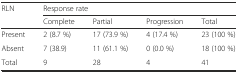
<table><thead><tr><td rowspan="2"><b>RLN</b></td><td colspan="4"><b>Response rate</b></td></tr><tr><td><b>Complete</b></td><td><b>Partial</b></td><td><b>Progression</b></td><td><b>Total</b></td></tr></thead><tbody><tr><td>Present</td><td>2 (8.7 %)</td><td>17 (73.9 %)</td><td>4 (17.4 %)</td><td>23 (100 %)</td></tr><tr><td>Absent</td><td>7 (38.9)</td><td>11 (61.1 %)</td><td>0 (0.0 %)</td><td>18 (100 %)</td></tr><tr><td>Total</td><td>9</td><td>28</td><td>4</td><td>41</td></tr></tbody></table>